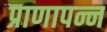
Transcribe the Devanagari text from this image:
प्राणापन्न